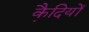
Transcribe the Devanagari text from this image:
कै़दियों